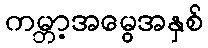
ကမ္ဘာ့အမွေအနှစ်